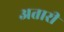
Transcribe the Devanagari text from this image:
अतारी